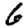
Digit: 6